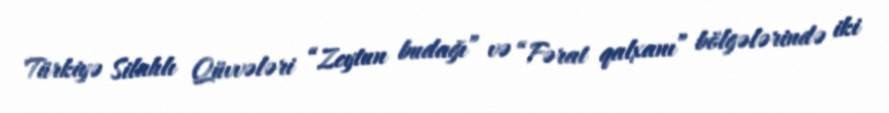
Türkiyə Silahlı Qüvvələri “Zeytun budağı” və “Fərat qalxanı” bölgələrində iki